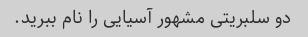
دو سلبریتی مشهور آسیایی را نام ببرید.